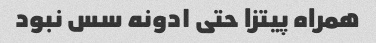
همراه پیتزا حتی ۱دونه سس نبود